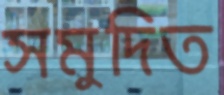
সমুদিত